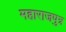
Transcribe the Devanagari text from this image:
महाराजपुत्र